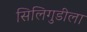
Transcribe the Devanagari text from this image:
सिलिगुडीला